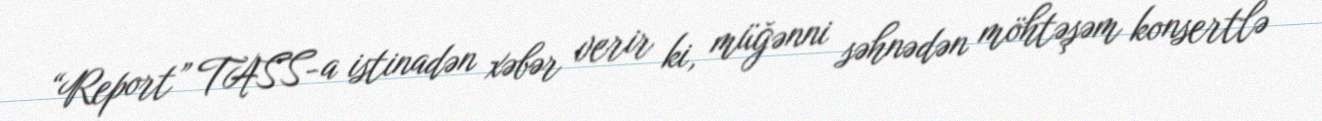
“Report” TASS-a istinadən xəbər verir ki, müğənni səhnədən möhtəşəm konsertlə